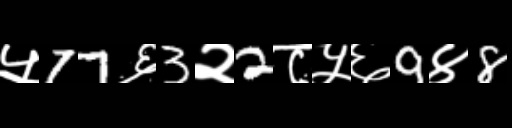
Text: ५77६3२2८५६9४8